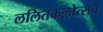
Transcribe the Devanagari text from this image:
ललितकलोत्सव